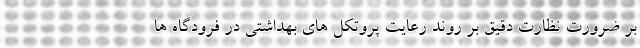
بر ضرورت نظارت دقیق بر روند رعایت پروتکل های بهداشتی در فرودگاه ها